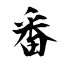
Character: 番